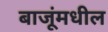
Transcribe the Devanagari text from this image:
बाजूंमधील